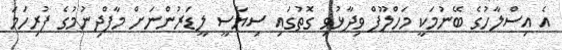
އެ އިސްލާހުގެ ބޭނުމަކީ މަހްލޫފް ވިދާޅުވި ގޮތުގައި ސިޔާސީ ލީޑަރުންނަށް މާފްދިނުމުގެ ފުރިހަމަ